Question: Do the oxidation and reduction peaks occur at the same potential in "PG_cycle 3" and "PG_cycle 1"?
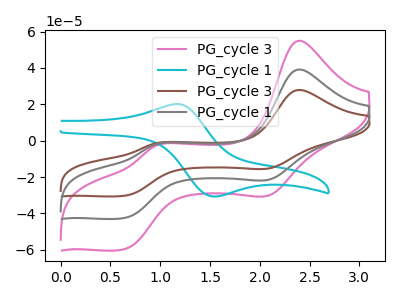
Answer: <think>The pink curve "PG_cycle 3" has anodic peaks at (2.40V, 78.35uA) (0.95V, -4.15uA) and cathodic peaks at (2.10V, -42.80uA) (0.65V, -85.25uA). The cyan curve "PG_cycle 1" has an anodic peak at (1.15V, 20.15uA) and a cathodic peak at (1.55V, -30.70uA). The brown curve "PG_cycle 3" has anodic peaks at (2.40V, 27.90uA) (0.95V, -1.50uA) and cathodic peaks at (2.10V, -15.25uA) (0.65V, -30.35uA). The gray curve "PG_cycle 1" has anodic peaks at (2.40V, 39.20uA) (0.95V, -2.10uA) and cathodic peaks at (2.10V, -21.40uA) (0.65V, -42.65uA).</think>
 <answer>Yes, "PG_cycle 3" have a peak in "PG_cycle 1" at the same potential.</answer>
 <eval>match</eval>